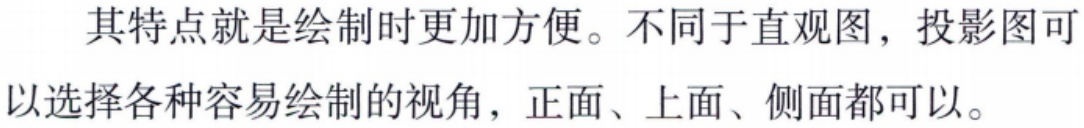
其特点就是绘制时更加方便。不同于直观图，投影图可以选择各种容易绘制的视角，正面、上面、侧面都可以。